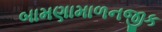
બામણામાળનજીક